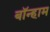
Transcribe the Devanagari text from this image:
बॉन्हाम